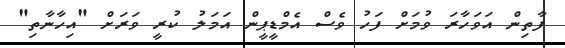
ފާތިން އަވަހާރަ ވުމަށް ފަހު ވެސް އެމްޑީޕީން އަމަލު ކުރީ ވަރަށް "އިހާނާތި"